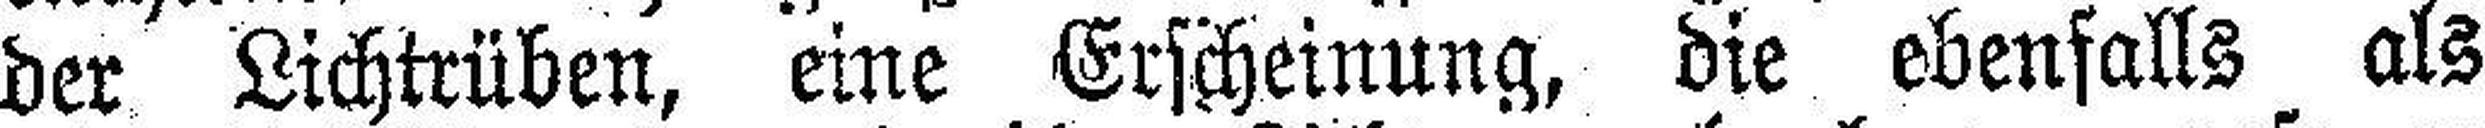
der Lichtrüben, eine Erscheinung, die ebenfalls als